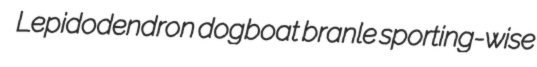
Lepidodendron dogboat branle sporting-wise